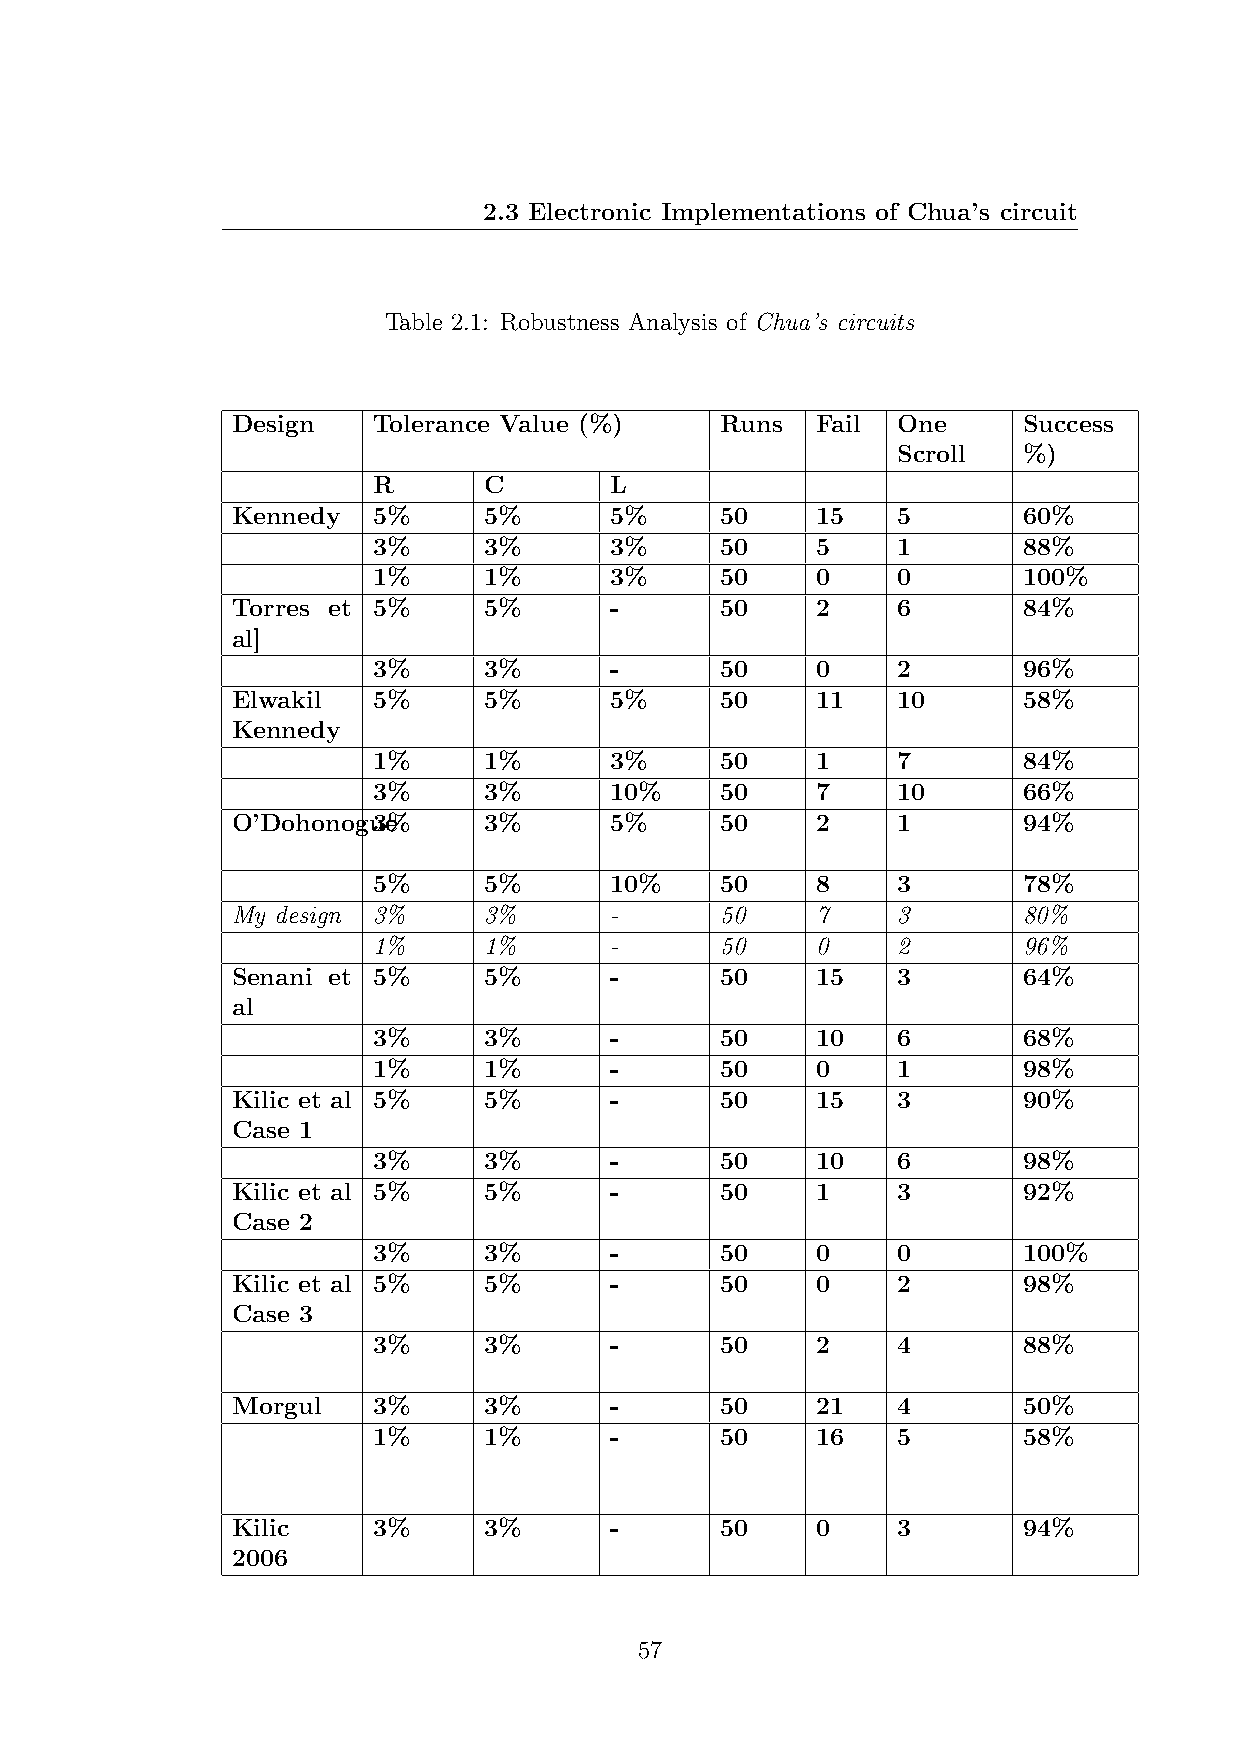
2.3 Electronic Implementations of Chua’s circuit
 Table 2.1: Robustness Analysis of Chua’s circuits
 Design    Tolerance Value (%)    Runs  Fail One      Success
 Scroll   %)
 R      C       L
 Kennedy   5%     5%      5%      50    15   5        60%
 3%     3%      3%      50    5    1        88%
 1%     1%      3%      50    0    0        100%
 Torres et 5%     5%      -       50    2    6        84%
 al]
 3%     3%      -       50    0    2        96%
 Elwakil   5%     5%      5%      50    11   10       58%
 Kennedy
 1%     1%      3%      50    1    7        84%
 3%     3%      10%     50    7    10       66%
 O’Dohonogu3e%    3%      5%      50    2    1        94%
 5%     5%      10%     50    8    3        78%
 My design 3%     3%      -       50    7    3        80%
 1%     1%      -       50    0    2        96%
 Senani et 5%     5%      -       50    15   3        64%
 al
 3%     3%      -       50    10   6        68%
 1%     1%      -       50    0    1        98%
 Kilic et al 5%   5%      -       50    15   3        90%
 Case 1
 3%     3%      -       50    10   6        98%
 Kilic et al 5%   5%      -       50    1    3        92%
 Case 2
 3%     3%      -       50    0    0        100%
 Kilic et al 5%   5%      -       50    0    2        98%
 Case 3
 3%     3%      -       50    2    4        88%
 Morgul    3%     3%      -       50    21   4        50%
 1%     1%      -       50    16   5        58%
 Kilic     3%     3%      -       50    0    3        94%
 2006
 57